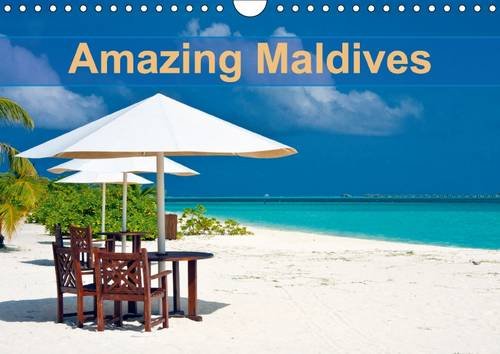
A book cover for Amazing Maldives 2016: Welcome to the Maldives - The Sunny Side of Life! (Calvendo Places); Kristina Abramovic; Travel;